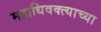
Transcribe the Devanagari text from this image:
महाधिवक्त्याच्या